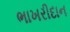
ભાખરીદાન